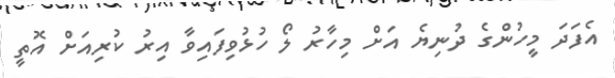
އެފަދަ މީހުންގެ ދުނިޔެ އަށް މިހާރު ލޯ ހުޅުވިފައިވާ އިރު ކުރިއަށް އޮތީ